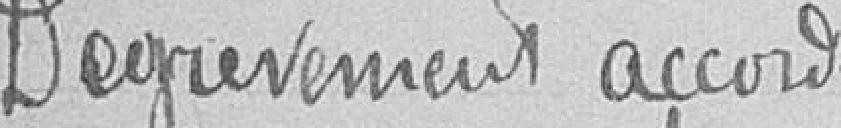
Dégrèvement accordé